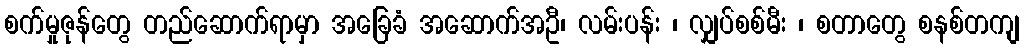
စက်မှုဇုန်တွေ တည်ဆောက်ရာမှာ အခြေခံ အဆောက်အဦ၊ လမ်းပန်း ၊ လျှပ်စစ်မီး ၊ စတာတွေ စနစ်တကျ